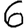
Digit: 6